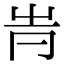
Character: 𠕓